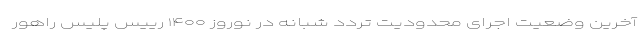
آخرین وضعیت اجرای محدودیت تردد شبانه در نوروز ۱۴۰۰ رییس پلیس راهور